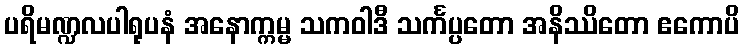
ပရိမဏ္ဍလပါရုပနံ အနောက္ကမ္မ သကဝါဒီ သင်္ကပ္ပတော အနိဿိတော ဧကောပိ